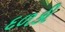
દળકી